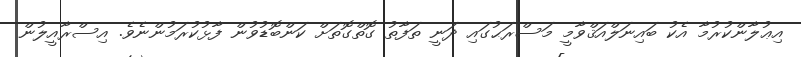
އިޢުލާންކުރުމާ އެކު ބައިނަލްއަޤްވާމީ މަސްރަޙުގައި ދަނީ ތަފާތު ގޮތްގޮތަށް ކަންބޮޑުވުން ފާޅުކުރަމުންނެވެ. އިސްރާއީލުން